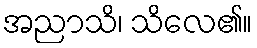
အညာသိ၊ သိလေ၏။